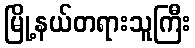
မြို့နယ်တရားသူကြီး